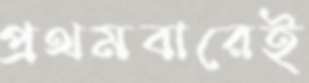
প্রথমবারেই